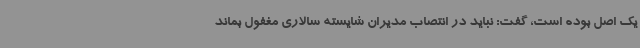
یک اصل بوده است، گفت: نباید در انتصاب مدیران شایسته سالاری مغفول بماند